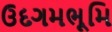
ઉદગમભૂમિ